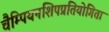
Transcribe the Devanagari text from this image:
चैम्पियनशिपप्रतियोगिता